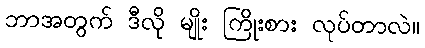
ဘာအတွက် ဒီလို မျိုး ကြိုးစား လုပ်တာလဲ။